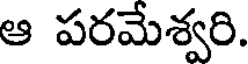
ఆ పరమేశ్వరి.